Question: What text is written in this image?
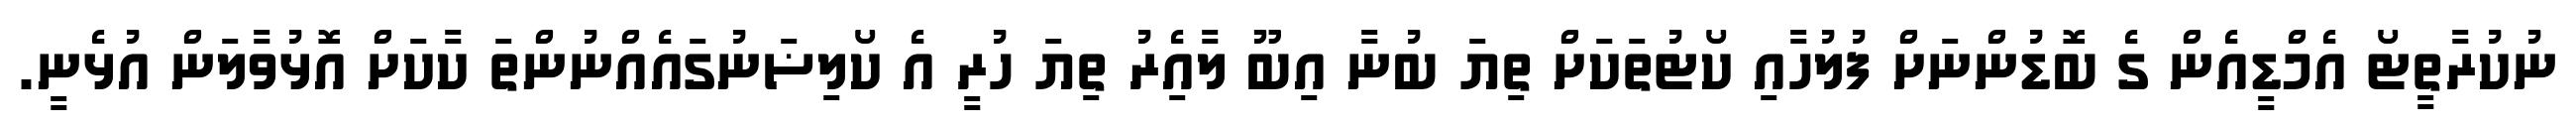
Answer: ނުކުރާތީޓޯ އެމްޑީއެން ގެ ބޮޑުންނަށް ފުލުހާއި ކޯޓުތަކަށް ތިޔަ ބުނާ އިބޫ ލާއެިރު ތިޔަ ހުރީ އެ ކޯލިޟަނުގައެއްނުންތަ ކާކަށް އޮޅުވާލަން އުޅެނީ.